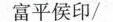
富平侯印/